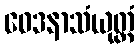
ဝေဒနာသံယုတ္တံ